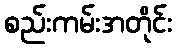
စည်းကမ်းအတိုင်း